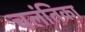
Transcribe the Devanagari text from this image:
चलंतिका